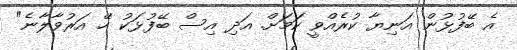
އެ ބޭފުޅުން އަނިޔާ ކުރެއްވީ ކަމަށް. އަދި އިސް ބޭފުޅަކު 'ހޭ އަރުވާލާނެ"